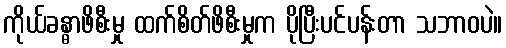
ကိုယ်ခန္ဓာဖိစီးမှု ထက်စိတ်ဖိစီးမှုက ပိုပြီးပင်ပန်းတာ သဘာဝပဲ။